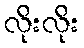
လိုးလိုး